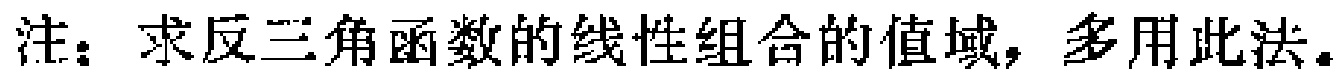
注：求反三角函数的线性组合的值域，多用此法。